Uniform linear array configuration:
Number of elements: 12
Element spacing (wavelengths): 1
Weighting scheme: exponential
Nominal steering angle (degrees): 45
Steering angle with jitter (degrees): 44.504
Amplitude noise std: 0.05
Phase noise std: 0.05

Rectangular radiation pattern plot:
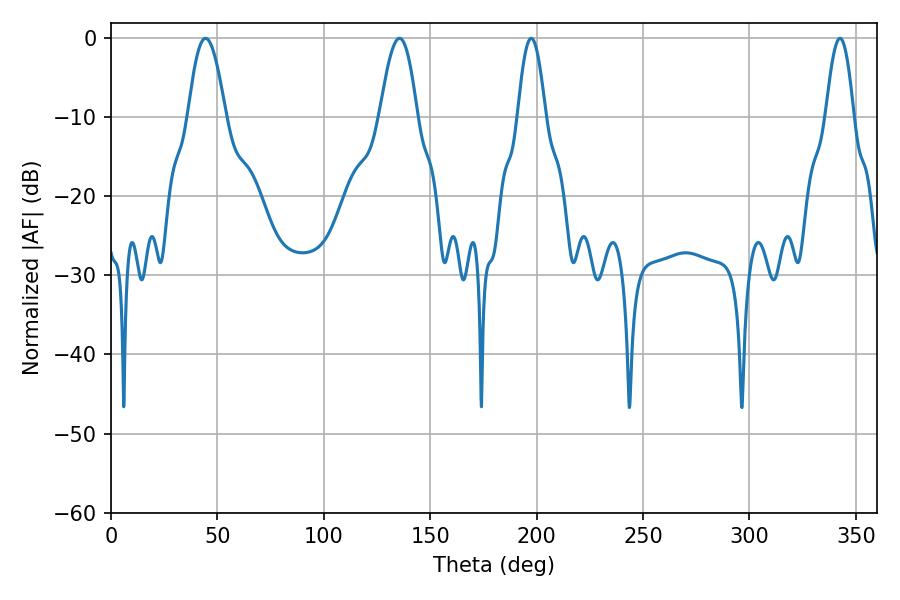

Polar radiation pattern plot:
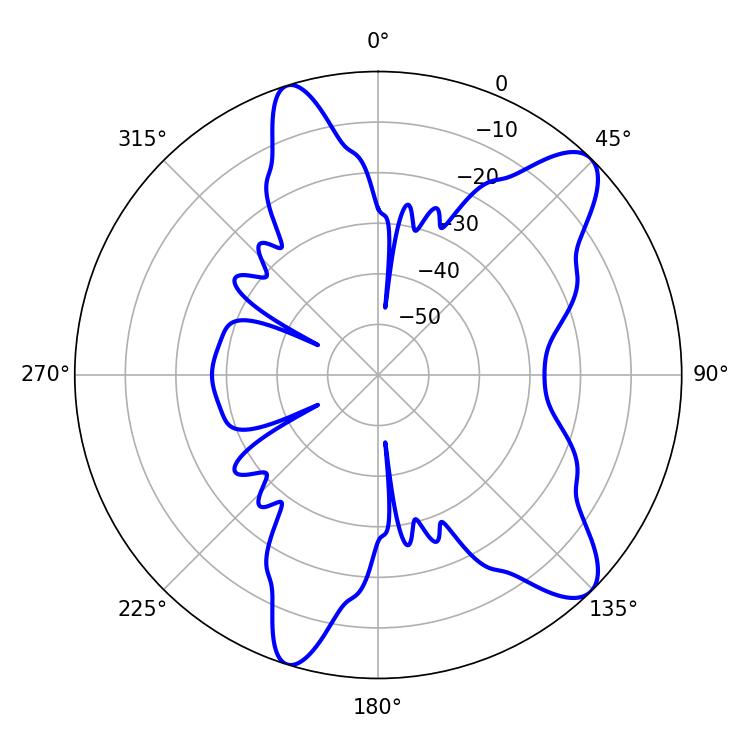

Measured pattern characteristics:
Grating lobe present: TRUE
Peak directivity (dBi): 10.296
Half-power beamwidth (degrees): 7.02
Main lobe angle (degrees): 197.46